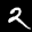
Label: 2